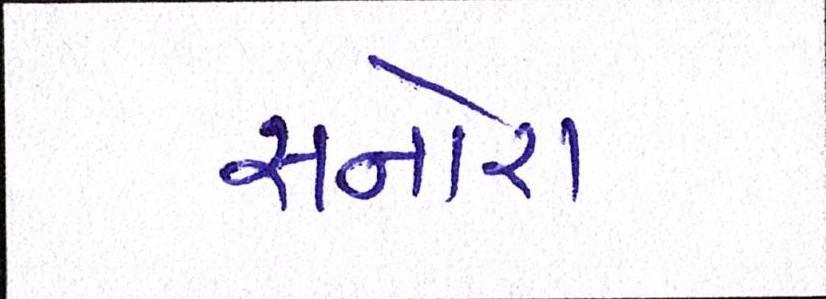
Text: સનોરા